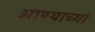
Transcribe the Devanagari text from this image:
आण्याच्या